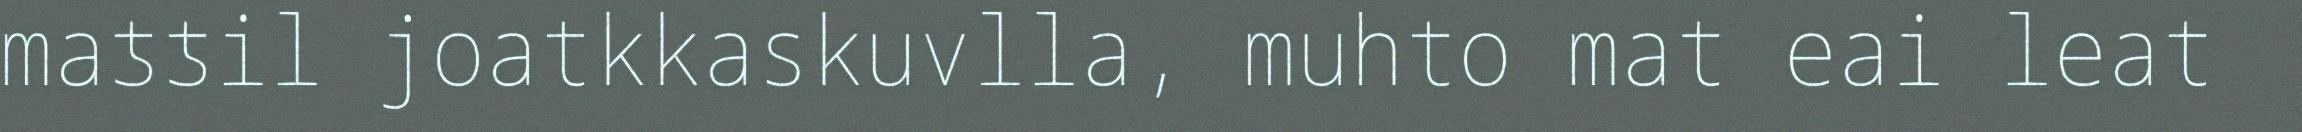
maƾƾil joatkkaskuvlla, muhto mat eai leat